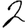
Digit: 2